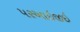
પરઆઇજીઇ